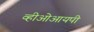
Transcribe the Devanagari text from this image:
व्हीओआयपी